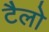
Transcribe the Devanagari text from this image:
टैलो